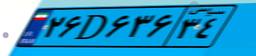
۴۷D۴۵۴۲۴